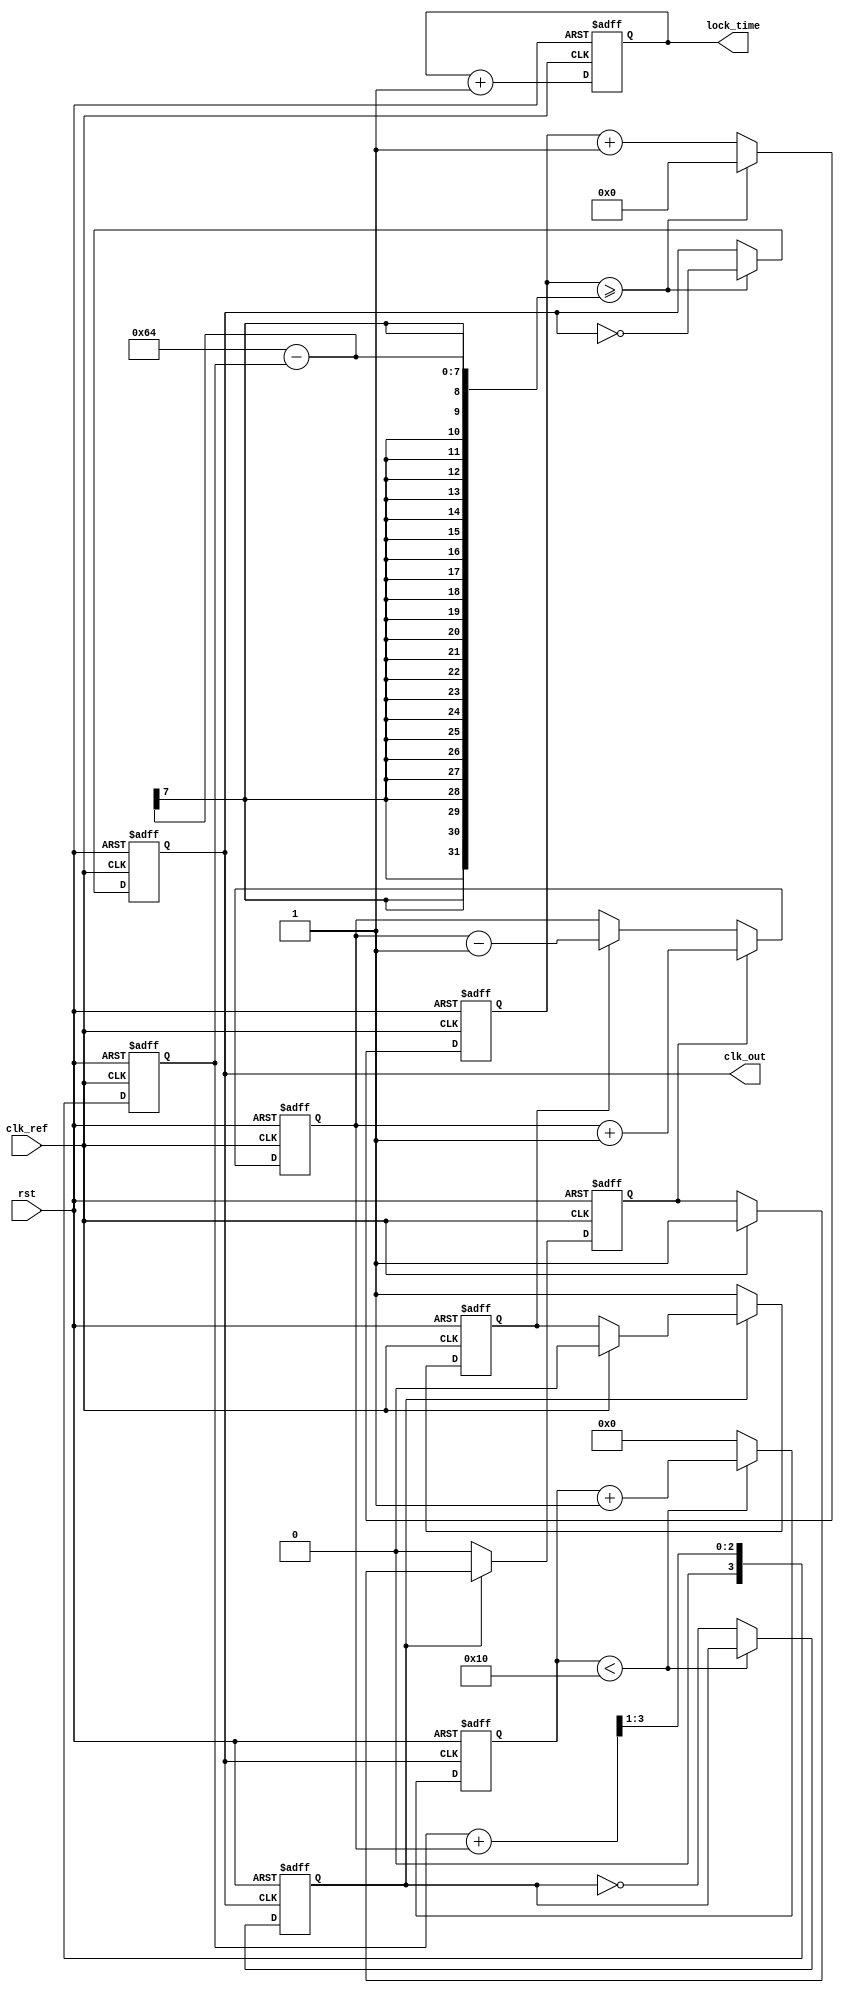
module fractional_PLL (
    input wire clk_ref,          // Reference clock input
    input wire rst,              // Reset signal
    output reg clk_out,          // Output clock
    output reg [7:0] lock_time   // Lock time status (for performance metric)
);

// Parameters for PLL design
parameter integer VCO_MAX_FREQ = 100; // Maximum VCO frequency
parameter integer DIV_MAX = 16;        // Maximum division factor for the feedback divider

// Internal signals
reg [7:0] phase_error;               // Phase error from PFD
reg vco_ctrl;                        // VCO control voltage signal
reg feedback_clk;                   // Feedback clock signal
reg [3:0] divider;                  // Divider value for feedback
reg pfd_up, pfd_down;              // PFD control signals
reg [3:0] loop_filter;              // Loop filter output
reg [31:0] vco_counter;             // VCO frequency counter

// Phase Frequency Detector (PFD)
always @(posedge clk_ref or posedge rst) begin
    if (rst) begin
        pfd_up <= 0;
        pfd_down <= 0;
        phase_error <= 0;
    end else begin
        if (feedback_clk) begin
            if (clk_ref) begin
                pfd_up <= 1;   // Reference leads feedback
                pfd_down <= 0;
            end
        end else begin
            pfd_down <= 1;     // Feedback leads reference
            pfd_up <= 0;
        end
        phase_error <= pfd_up ? phase_error + 1 : (pfd_down ? phase_error - 1 : phase_error);
    end
end

// Charge Pump (CP)
always @(posedge clk_ref or posedge rst) begin
    if (rst) begin
        vco_ctrl <= 0;
    end else begin
        if (pfd_up) begin
            vco_ctrl <= vco_ctrl + 1; // Increase control voltage
        end else if (pfd_down) begin
            vco_ctrl <= vco_ctrl - 1; // Decrease control voltage
        end
    end
end

// Loop Filter
always @(posedge clk_ref or posedge rst) begin
    if (rst) begin
        loop_filter <= 0;
    end else begin
        loop_filter <= (loop_filter + vco_ctrl) >> 1; // Simple averaging filter
    end
end

// Voltage-Controlled Oscillator (VCO)
always @(posedge clk_ref or posedge rst) begin
    if (rst) begin
        vco_counter <= 0;
        clk_out <= 0;
    end else begin
        if (vco_counter >= (VCO_MAX_FREQ - loop_filter)) begin
            clk_out <= ~clk_out; // Toggle output clock
            vco_counter <= 0; // Reset counter
        end else begin
            vco_counter <= vco_counter + 1;
        end
    end
end

// Feedback Divider
always @(posedge clk_out or posedge rst) begin
    if (rst) begin
        divider <= 0;
        feedback_clk <= 0;
    end else begin
        if (divider < DIV_MAX) begin
            divider <= divider + 1;
        end else begin
            feedback_clk <= ~feedback_clk; // Toggle feedback clock
            divider <= 0; // Reset divider
        end
    end
end

// Lock Time Simulation
always @(posedge clk_ref or posedge rst) begin
    if (rst) begin
        lock_time <= 0;
    end else begin
        lock_time <= lock_time + 1; // Increment lock time
    end
end

endmodule